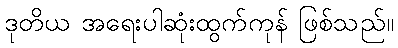
ဒုတိယ အရေးပါဆုံးထွက်ကုန် ဖြစ်သည်။